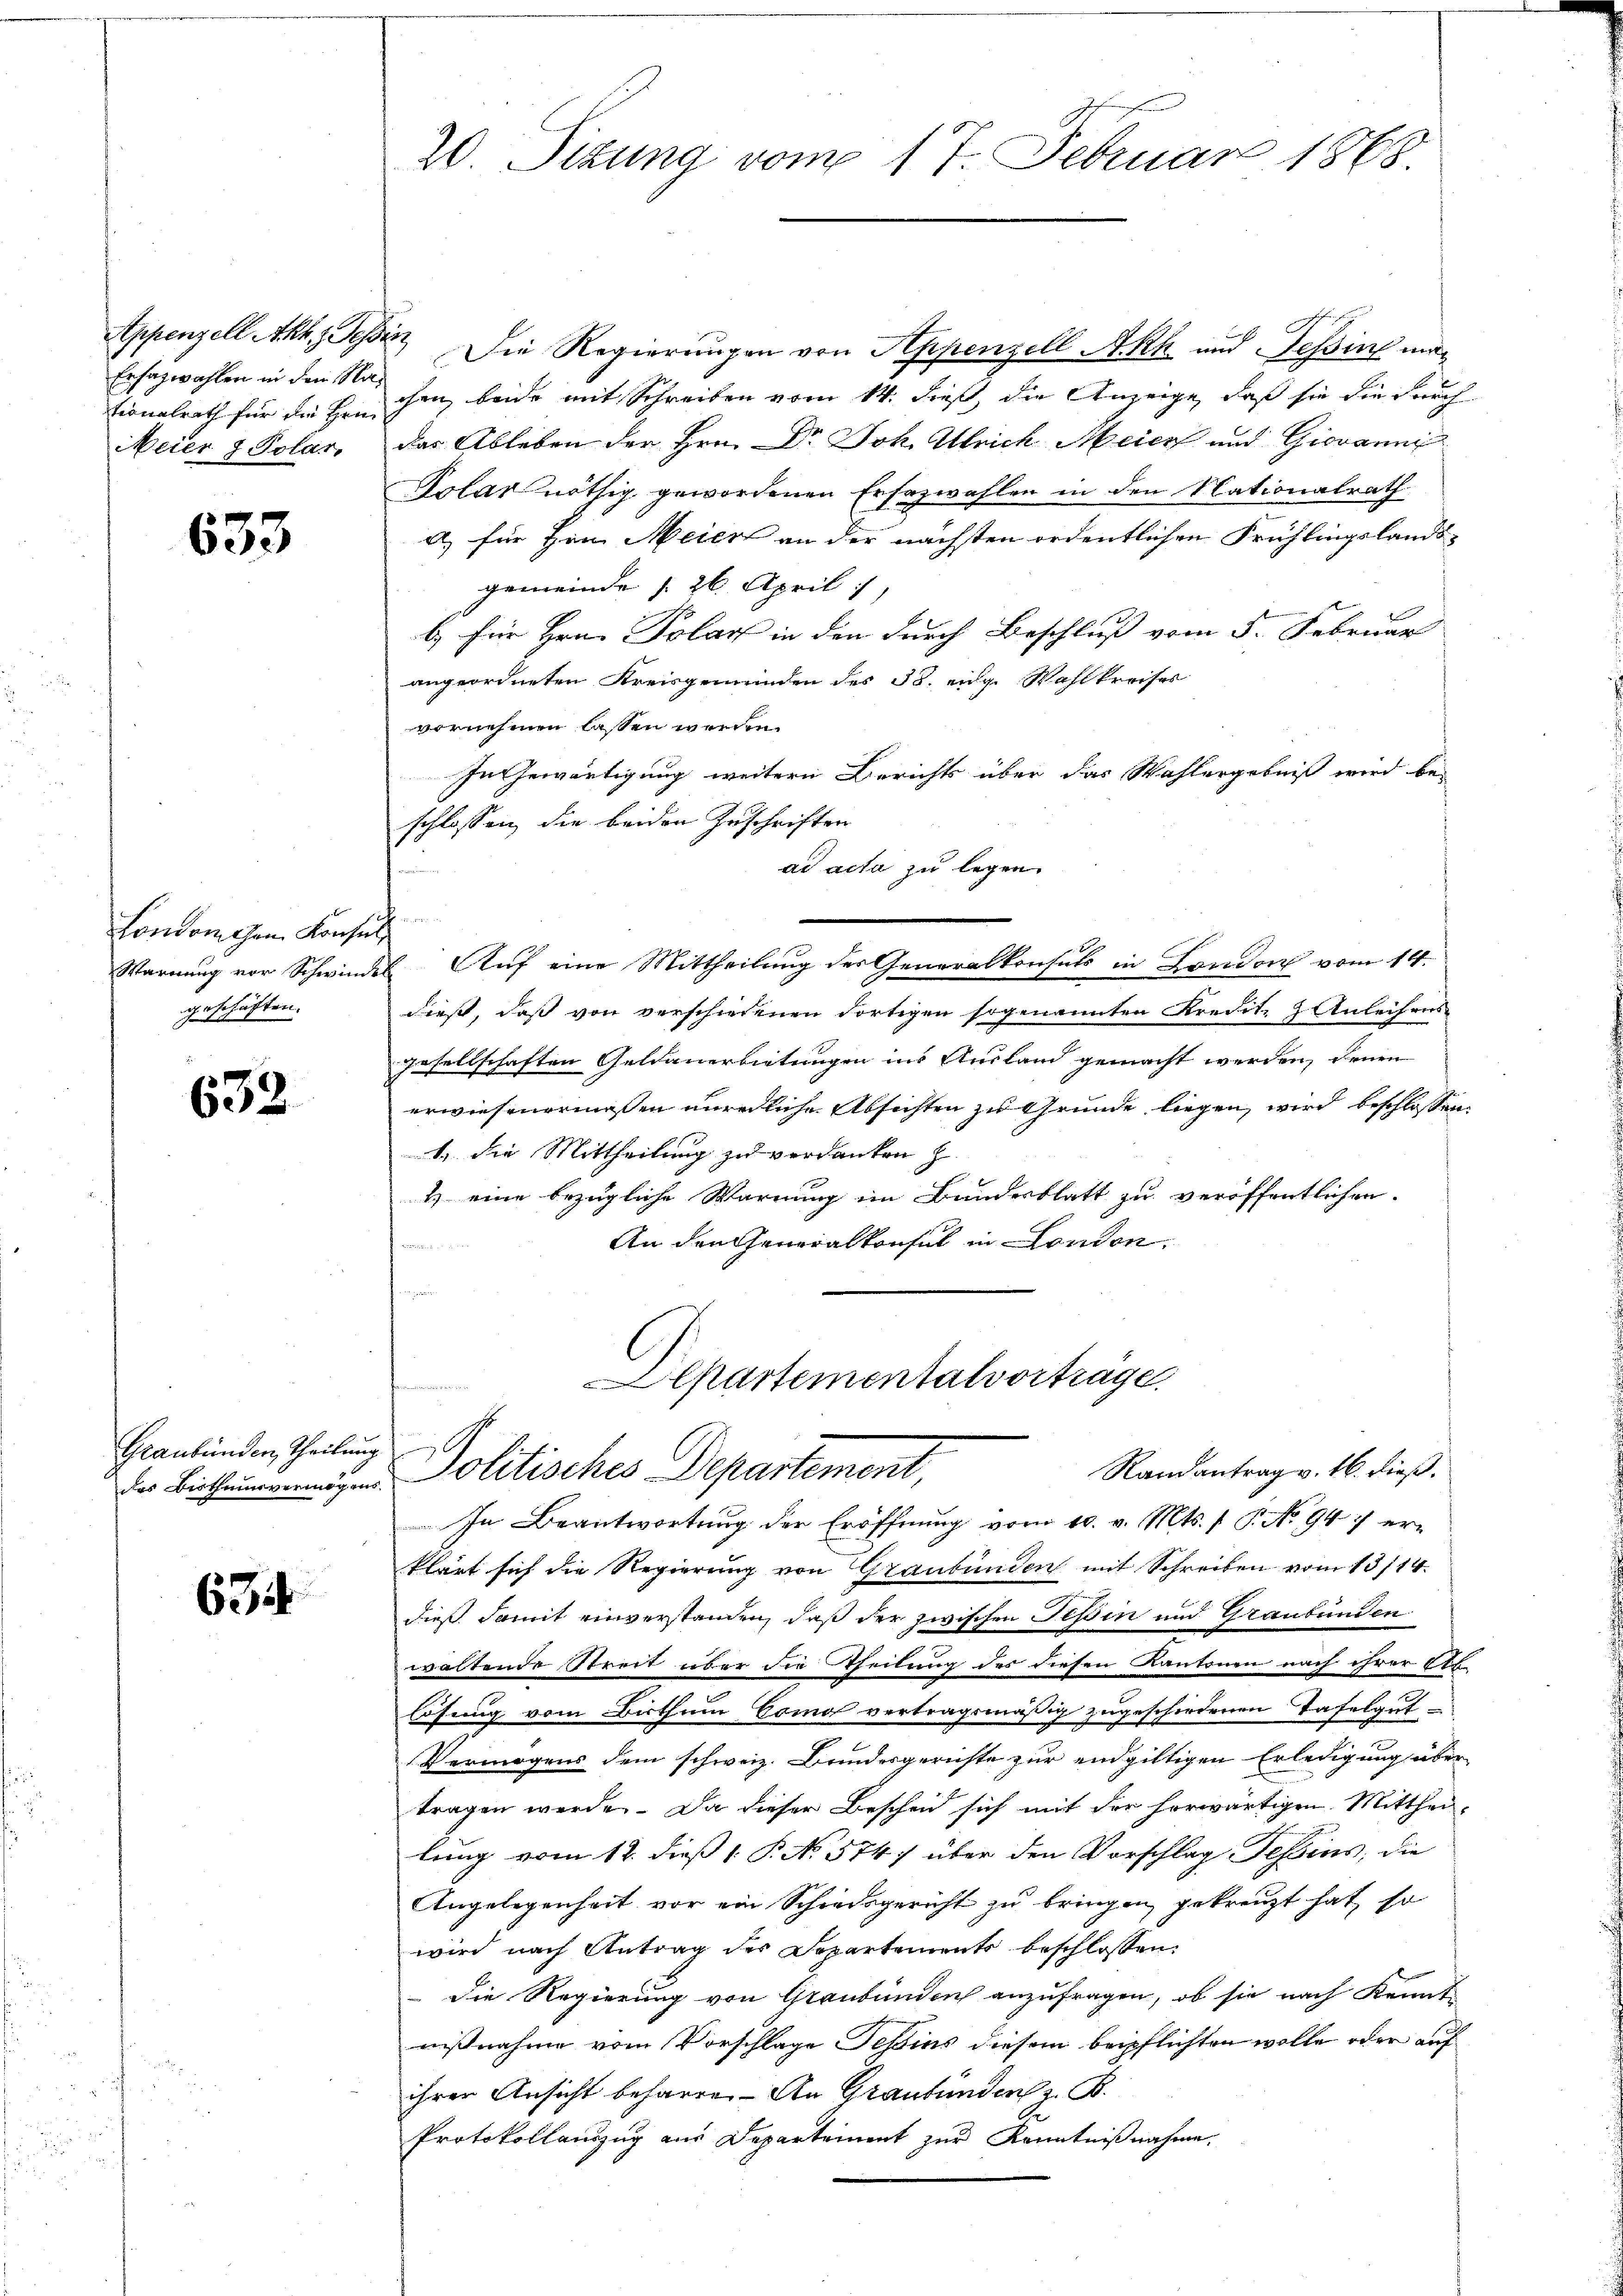
Ersatzwahlen in den Na¬

633

London den Konsul
geschäften.

632

Graubünden, Theilung
das Bisthumsvermögens.

634.

Appenzell Akk., Tessin, Die Regierungen von Appenzell A.Rh. und Tessing mationalrath für die Heuchen, beide mit Schreiben vom 14. dieß, die Anzeige, daß sie die durch
Meier & Polar, das Ableben der Hrn. Dr Joh. Ulrich Meier und Giovanni
Tolas nöthig gewordenen Ersazwahlen in den Nationalrath
a) für Hrn. Meier an der nächsten ordentlichen Frühlingslands-
gemeinde 26. April 1
b.) für Hrn. Polar in den durch Beschluß vom 5. Februar
angeordneten Kreisgemeinden des 38. eidg. Wahlkreises
vornehmen lassen werden.
In Gewärtigung weitern Berichts über das Wahlergebniß wird beschlossen, die beiden Zuschriften
ad acta zu legen.
u
Warnung vor Schwindel Aŭf eine Mittheilung der Generalkonsuls in London vom 14.
dieß, daß von verschiedenen dortigen sogenannten Kredit- & Anleihens
gesellschaften Geldauerbeitungen ins Ausland gemacht werden, denen
erwiesenermassen unredliche Absichten zu Grunde liegen wird beschlossen
1. die Mittheilung zu verdanken z
& eine bezügliche Warnung im Bundesblatt zu veröffentlichen
An den Generalkonsul in London.

20. Sizung vom 17. Februar 1868.

Departementalvorträge.
Politisches Departement,

Randantrag v. 16. dieß.
In Beantwortung der Eröffnung vom 10. v. Mts. 1 P. No 947 erklärt sich die Regierung von Graubünden mit Schreiben vom 13/14.
dieß damit einverstanden, daß der zwischen Teßin und Graubünden
waltende Streit über die Theilung des diesen Kantonen nach ihrer Ah.
lösung vom Bisthum Como vertragsmäßig zugeschiedenen Tafelgut
Vermögens dem schweiz. Brindesgerichte zur endgültigen Erledigung über
tragen werde. Da dieser Bescheid sich mit der horwärtigen Mittheilung vom 12. dieß 1 P. No. 574/ über den Vorschlag Tessins, die
Angelegenheit vor ein Schiedsgericht zu bringen, gekreuzt hat, so
wird nach Antrag des Departements beschlossen:
Die Regierung von Graubünden anzufragen, ob sie nach Kennt
nißnahme vom Vorschlage Tessins diesem beipflichten wolle oder auf
ihrer Ansicht beharre. An Graubünden z. B.
Protokollanzug aus Departement zur Kenntnißnahme.

b